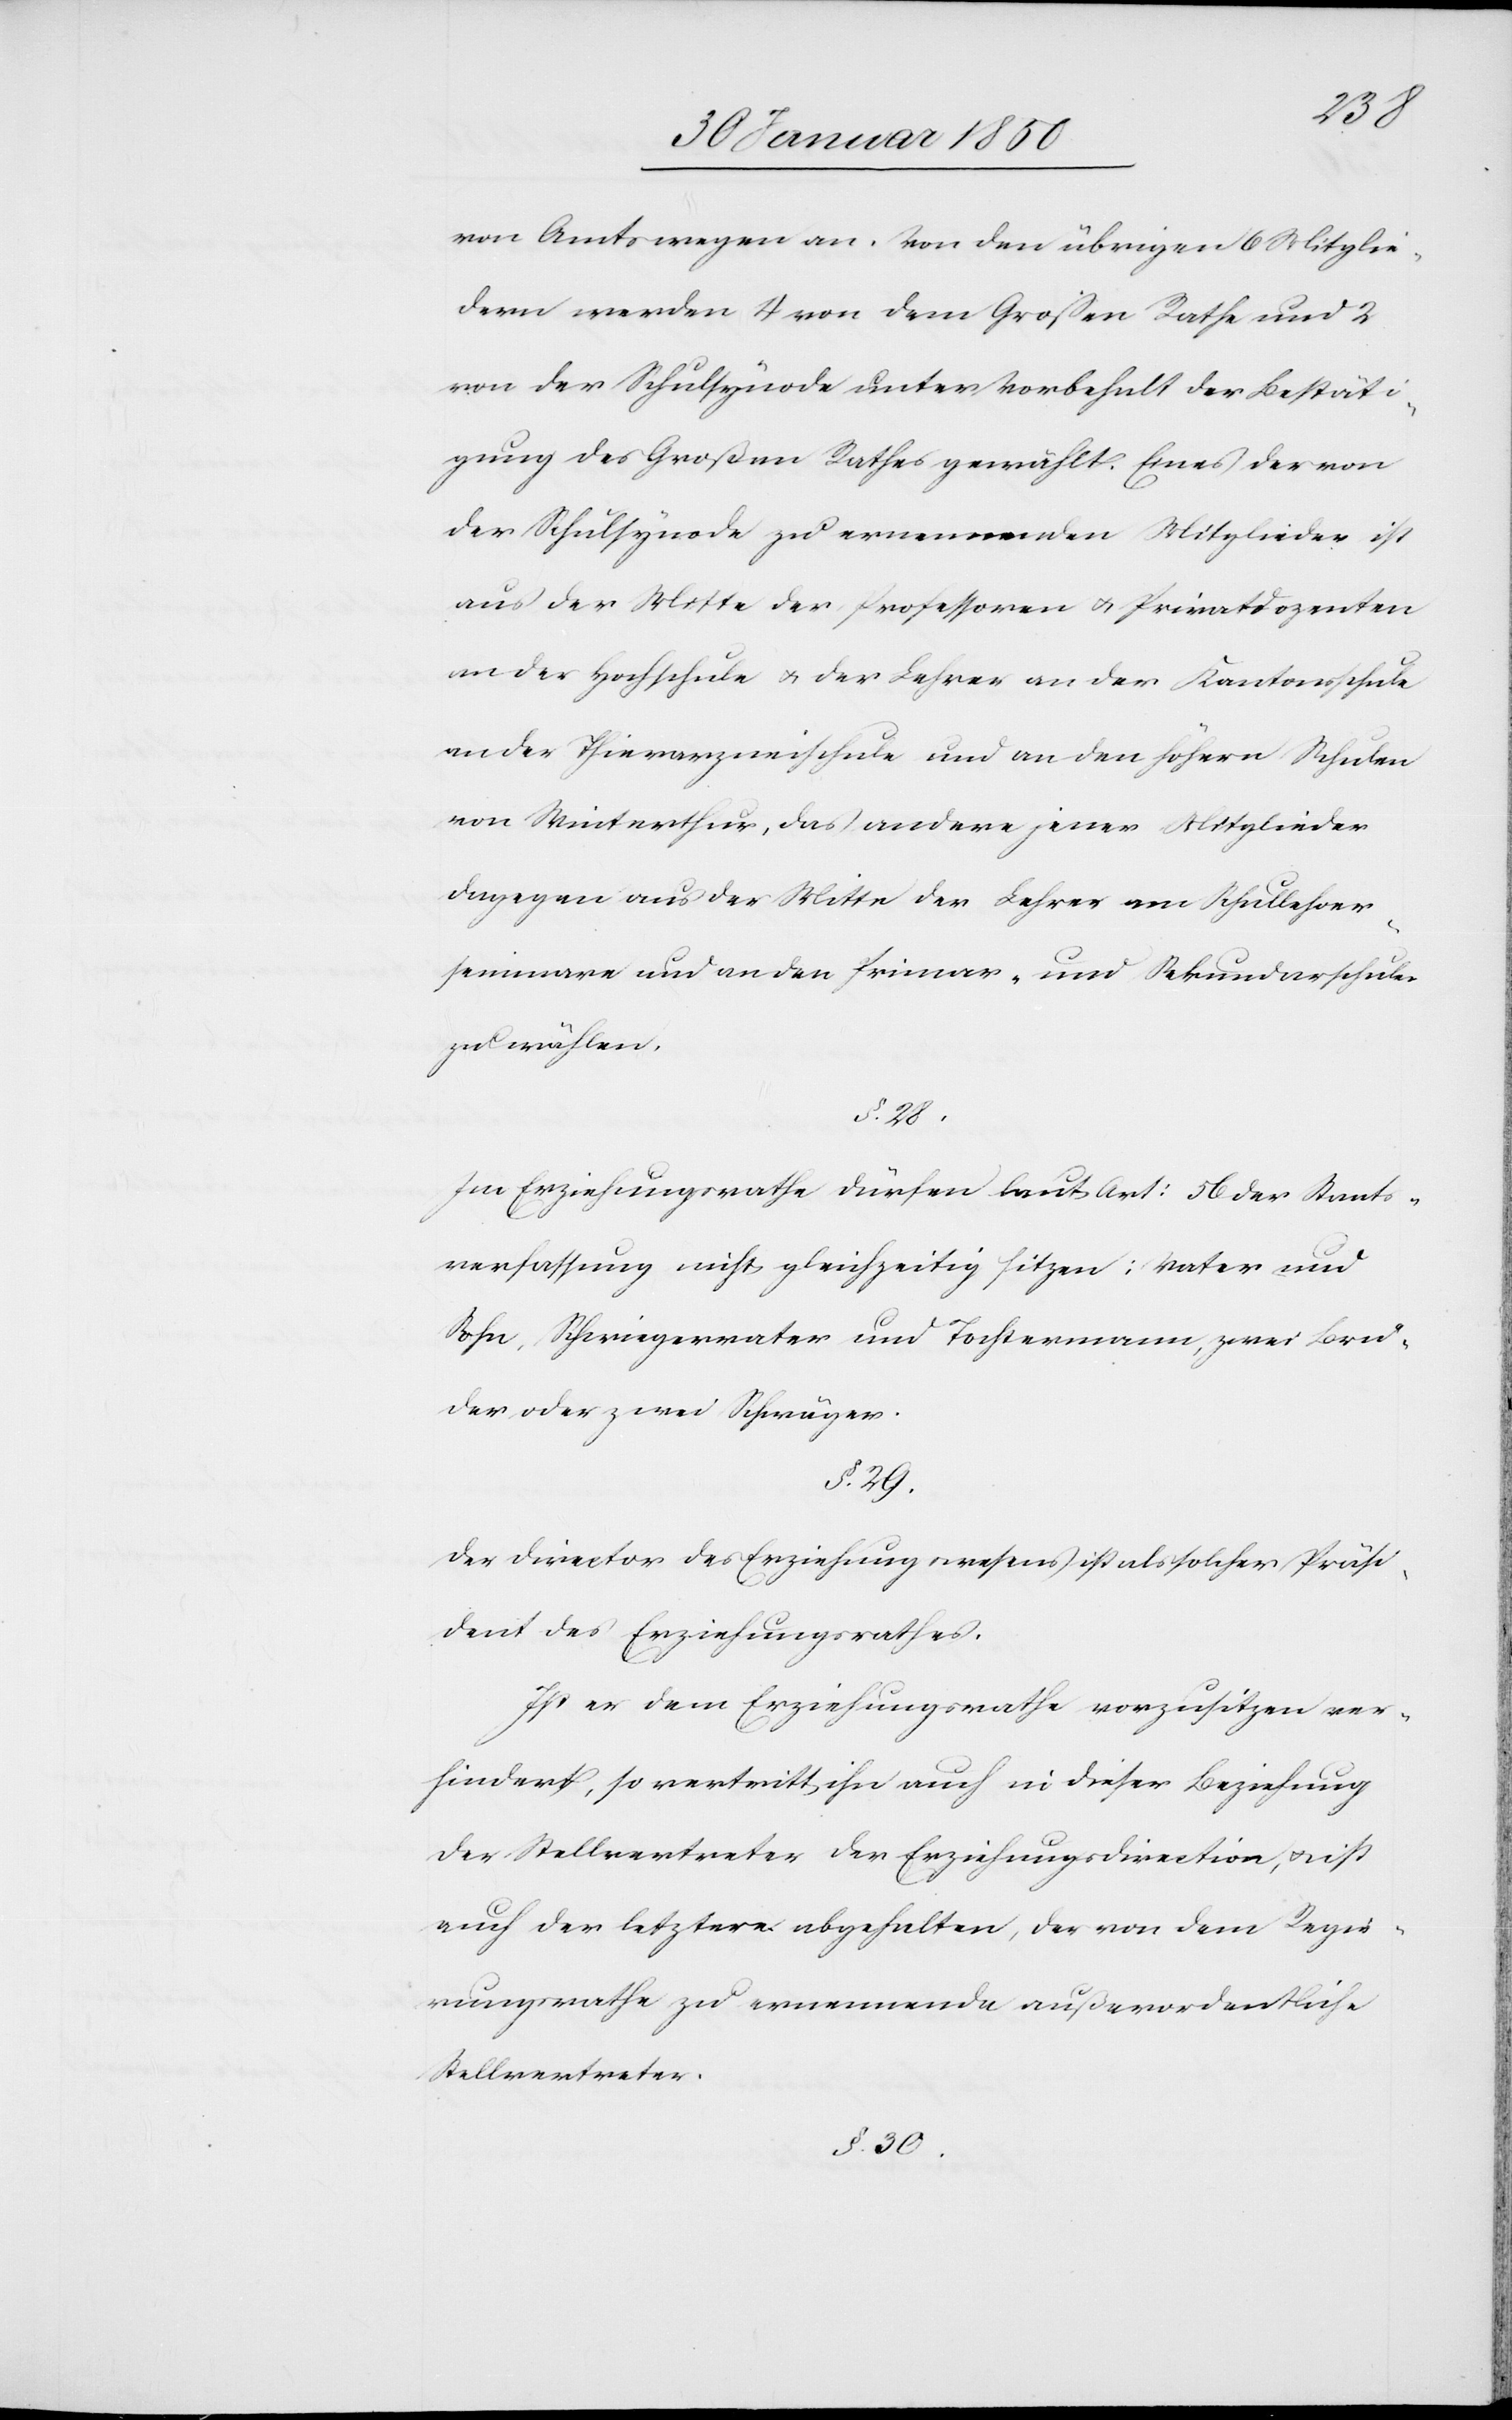
von Amts wegen an. Von den übrigen 6 Mitglie¬
dern werden 4 von dem Großen Rathe und 2
von der Schulsynode unter Vorbehalt der Bestäti¬
gung des Großen Rathes gewählt. Eines der von
der Schulsynode zu ernennenden Mitglieder ist
aus der Mitte der Professoren u. Privatdozenten
an der Hochschule u. der Lehrer an der Kantonsschule
an der Thierarzneischule und an den höhern Schulen
von Winterthur, das andere jener Mitglieder
dagegen aus der Mitte der Lehrer am Schullehrer¬
seminare und an den Primar- und Sekundarschulen
zu wählen.
Im Erziehungsrathe dürfen laut Art: 56 der Staats¬
verfassung nicht gleichzeitig sitzen: Vater und
Sohn, Schwiegervater und Tochtermann, zwei Brü¬
der oder zwei Schwäger.
§. 29.
Der Director des Erziehungsrathes ist als solcher Präsi¬
dent des Erziehungsrathes.
Ist er dem Erziehungsrathe vorzusitzen ver¬
hindert, so vertritt ihn auch in dieser Beziehung
der Stellvertreter der Erziehungsdirection, u. ist
auch der letztere abgehalten, der von dem Regie¬
rungsrathe zu ernennende außerordentliche
Stellvertreter.
§. 30.